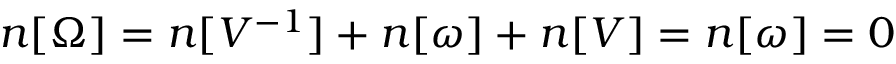
n [ \Omega ] = n [ V ^ { - 1 } ] + n [ \omega ] + n [ V ] = n [ \omega ] = 0